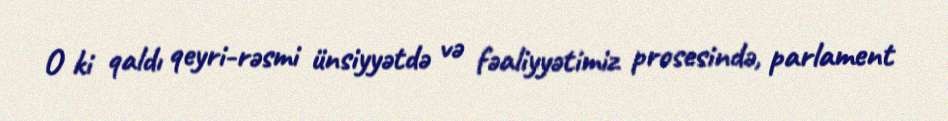
O ki qaldı qeyri-rəsmi ünsiyyətdə və fəaliyyətimiz prosesində, parlament